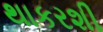
થાકરશી